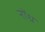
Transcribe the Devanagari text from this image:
नोंध